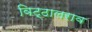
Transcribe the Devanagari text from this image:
विट्ठालराव